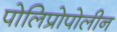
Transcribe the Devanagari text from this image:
पोलिप्रोपोलीन